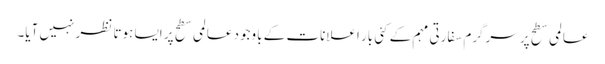
عالمی سطح پر سرگرم سفارتی مہم کے کئی بار اعلانات کے باوجود عالمی سطح پر ایسا ہوتا نظر نہیں آیا۔